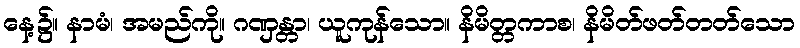
နေ့၌။ နာမံ၊ အမည်ကို။ ဂဏှန္တာ၊ ယူကုန်သော။ နိမိတ္တကာစ၊ နိမိတ်ဖတ်တတ်သော